Indian journal of veterinary science and animal husbandry - Volumes 22-23, 1952-1953
Year: 1952
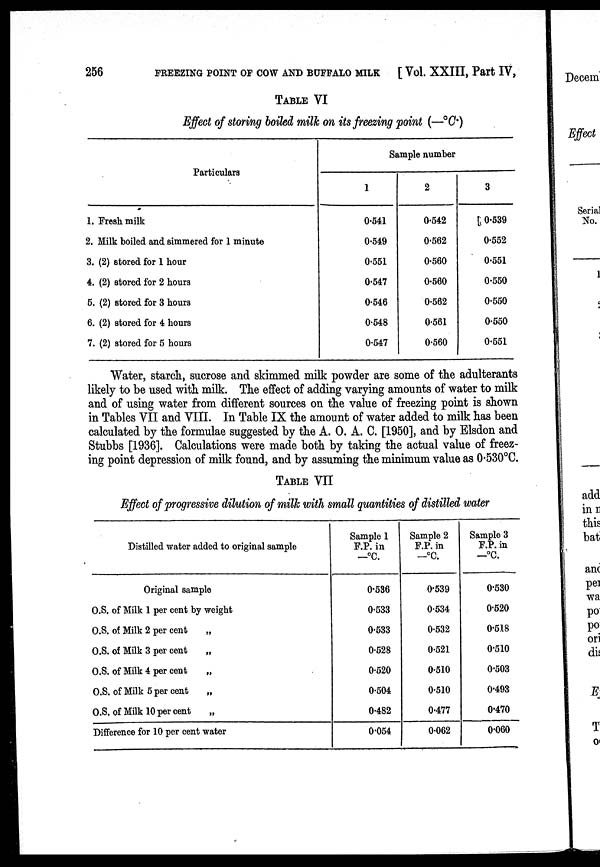
256
FREEZING POINT OF COW AND BUFFALO MILK [ Vol. XXIII, Part IV,
TABLE VI
Effect of storing boiled milk on its freezing point (—°C.)
Particulars
1. Fresh milk
2. Milk boiled and simmered for 1 minute
3. (2) stored for 1 hour
4. (2) stored for 2 hours
5. (2) stored for 3 hours
6. (2) stored for 4 hours
7. (2) stored for 5 hours
Sample number
1
0.541
0.549
0.551
0.547
0.546
0.548
0.547
2
0.542
0.562
0.560
0.560
0.562
0.561
0.560
3
0.539
0.552
0.551
0.550
0.550
0.550
0.551
Water, starch, sucrose and skimmed milk powder are some of the adulterants
likely to be used with milk. The effect of adding varying amounts of water to milk
and of using water from different sources on the value of freezing point is shown
in Tables VII and VIII. In Table IX the amount of water added to milk has been
calculated by the formulae suggested by the A. O. A. C. [1950], and by Elsdon and
Stubbs [1936]. Calculations were made both by taking the actual value of freez-
ing point depression of milk found, and by assuming the minimum value as 0.530°C.
TABLE VII
Effect of progressive dilution of milk with small quantities of distilled water
Distilled water added to original sample
Original sample
O.S. of Milk 1 per cent by weight
O.S. of Milk 2 per cent
„
O.S. of Milk 3 per cent
„
O.S. of Milk 4 per cent
„
O.S. of Milk 5 per cent
„
O.S. of Milk 10 per cent
„
Difference for 10 per cent water
Sample 1
F.P. in
—°C.
0.536
0.533
0.533
0.528
0.520
0.504
0.482
0.054
Sample 2
F.P. in
—°C.
0.539
0.534
0.532
0.521
0.510
0.510
0.477
0.062
Sample 3
F.P. in
—°C.
0.530
0.520
0.518
0.510
0.503
0.493
0.470
0.060